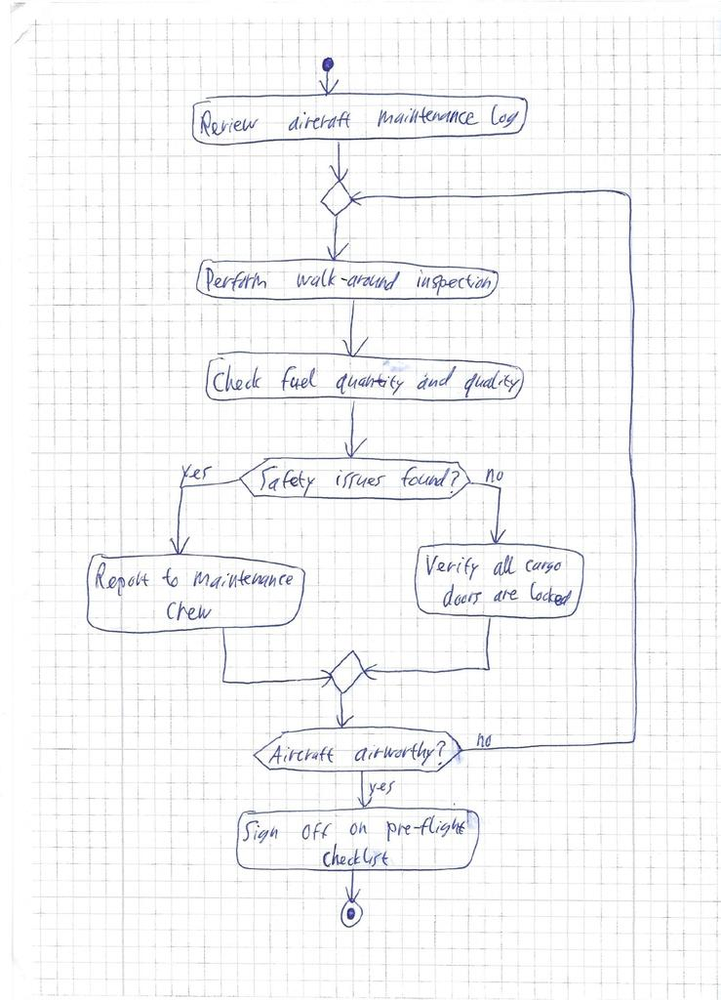
Diagram type: activity_diagram
```plantuml
@startuml

start

:Review aircraft maintenance log;

repeat
  :Perform walk-around inspection;
  :Check fuel quantity and quality;

  if (Safety issues found?) then (yes)
    :Report to maintenance crew;
  else (no)
    :Verify all cargo doors are locked;
  endif
repeat while (Aircraft airworthy?) is (no) not (yes)

:Sign off on pre-flight checklist;

stop

@enduml
```